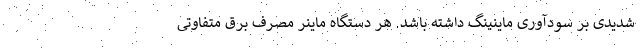
شدیدی بر سودآوری ماینینگ داشته باشد. هر دستگاه ماینر مصرف برق متفاوتی